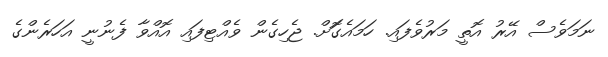
ނަމަވެސް އޭރު އޮތީ މަރުވެފައި. ހަމައެގޮަށް. ޖެހިގެން ވެއްޓިފައި އޮއްވާ ފެނުނީ އަހަރެންގެ